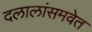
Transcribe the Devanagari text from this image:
दलालांसमवेत